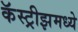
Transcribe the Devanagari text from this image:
कॅस्ट्रीझमध्ये